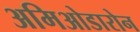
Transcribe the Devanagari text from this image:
अमिओडारोन